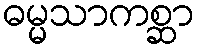
ဓမ္မသာကစ္ဆာ